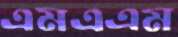
এমএএম